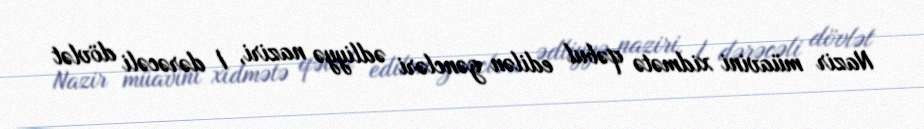
Nazir müavini xidmətə qəbul edilən gəncləri ədliyyə naziri, I dərəcəli dövlət